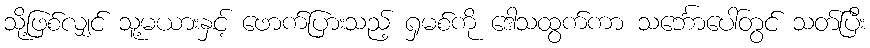
သို့ဖြစ်လျှင် သူ့မယားနှင့် ဖောက်ပြားသည့် ရှမစ်ကို ဒေါသထွက်ကာ သင်္ဘောပေါ်တွင် သတ်ပြီး